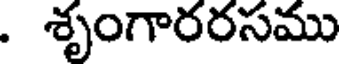
. శృంగారరసము